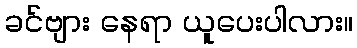
ခင်ဗျား နေရာ ယူပေးပါလား။